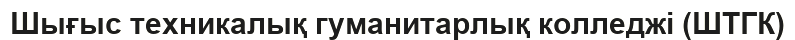
Шығыс техникалық гуманитарлық колледжі (ШТГК)